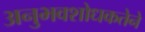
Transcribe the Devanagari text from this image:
अनुभवशोधकतेने